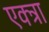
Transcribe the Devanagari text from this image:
एक्ट्रा